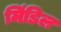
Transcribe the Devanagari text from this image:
मिंडिल